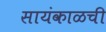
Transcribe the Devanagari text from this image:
सायंकाळची